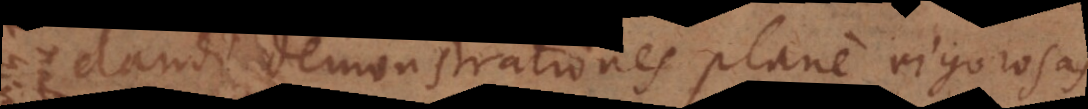
dandi demonstrationes plane rigorosas